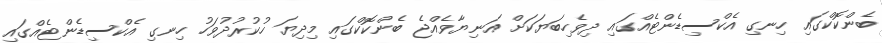
ބެންކޮކްގައި ހިނގި އެކްސިޑެންޓެއްގައި ދިވެހިބަޔަކަށް އަނިޔާވެއްޖެ ބެންކޮކްގައި މިދިޔަ ހުކުރުދުވަހު ހިނގި އެކްސިޑެންޓެއްގައި